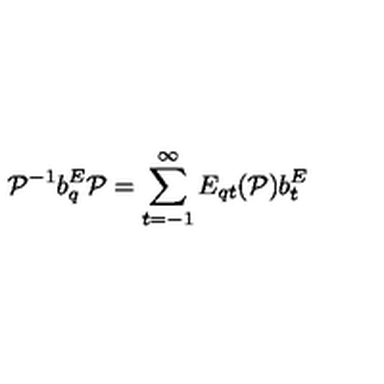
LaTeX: { \cal P } ^ { - 1 } b _ { q } ^ { E } { \cal P } = \sum _ { t = - 1 } ^ { \infty } E _ { q t } ( { \cal P } ) b _ { t } ^ { E }